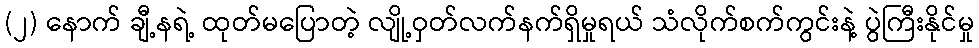
(၂) နောက် ချီ့နရဲ့ ထုတ်မပြောတဲ့ လျို့ဝှတ်လက်နက်ရှိမှုရယ် သံလိုက်စက်ကွင်းနဲ့ ပွဲကြီးနိုင်မှု